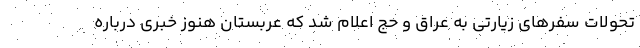
تحولات سفرهای زیارتی به عراق و حج اعلام شد که عربستان هنوز خبری درباره